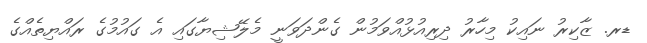
ޑރ. ޒާކިރު ނައިކު މިހާރު ދިރިއުޅުއްވަމުން ގެންދަވަނީ މެލޭޝިޔާގައި އެ ގައުމުގެ ރައްޔިތެއްގެ